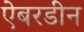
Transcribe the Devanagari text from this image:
ऐबरडीन